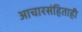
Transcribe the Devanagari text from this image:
आचारसंहिताही